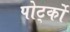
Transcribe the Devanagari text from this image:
पोर्ट्को